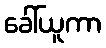
ခေါ်ယူကာ